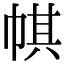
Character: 帺